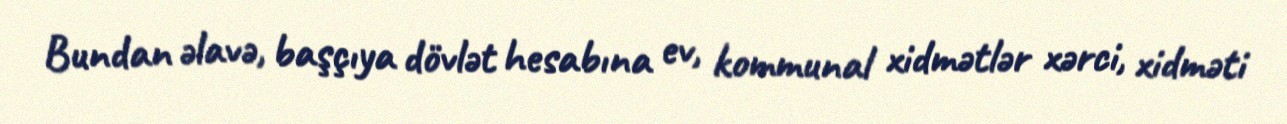
Bundan əlavə, başçıya dövlət hesabına ev, kommunal xidmətlər xərci, xidməti